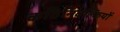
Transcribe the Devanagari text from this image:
कठिनिवल्कियों